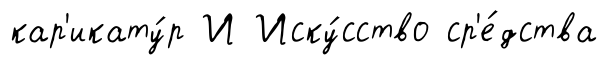
кар'икату́р И Иску́сство ср'е́дства